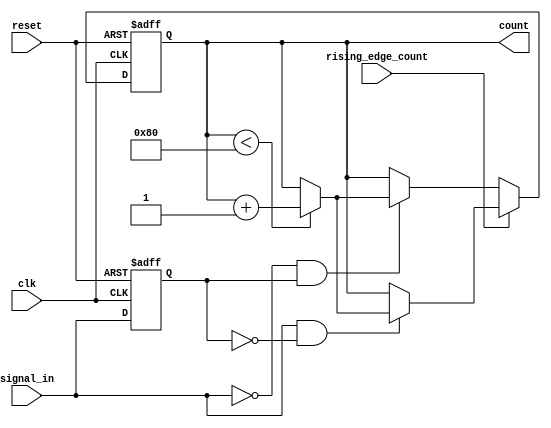
module edge_counter #(
    parameter COUNTER_WIDTH = 8 // Parameter to define the bit width of the count
)(
    input clk,                 // Clock signal
    input reset,               // Active-high asynchronous reset
    input signal_in,           // Input signal to detect edges
    input rising_edge_count,   // Control signal for counting rising edges
    output reg [COUNTER_WIDTH-1:0] count // Count output
);

    // Internal signal to register the previous state of signal_in
    reg signal_in_prev;

    // Always block for edge detection and count logic
    always @(posedge clk or posedge reset) begin
        if (reset) begin
            count <= 0; // Reset the counter to zero
            signal_in_prev <= 0; // Also reset the previous signal state
        end else begin
            // Edge detection logic
            if (rising_edge_count) begin
                // Count rising edges
                if (signal_in && !signal_in_prev) begin
                    if (count < {1'b1, {COUNTER_WIDTH-1{1'b0}}}) begin // Check for overflow
                        count <= count + 1;
                    end
                end
            end else begin
                // Count falling edges
                if (!signal_in && signal_in_prev) begin
                    if (count < {1'b1, {COUNTER_WIDTH-1{1'b0}}}) begin // Check for overflow
                        count <= count + 1;
                    end
                end
            end
            
            // Store the current state of signal_in for the next edge detection
            signal_in_prev <= signal_in;
        end
    end

endmodule